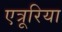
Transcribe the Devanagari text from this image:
एत्रूरिया